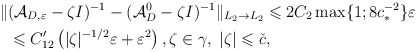
\begin{align*}\Vert &(\mathcal{A}_{D,\varepsilon}-\zeta I)^{-1}-(\mathcal{A}_D^0-\zeta I)^{-1}\Vert _{L_2\rightarrow L_2}\leqslant 2C_2\max \lbrace 1; 8c_*^{-2}\rbrace \varepsilon\\&\leqslant C_{12}' \left(\vert \zeta \vert ^{-1/2}\varepsilon +\varepsilon ^2\right), \zeta \in \gamma ,\; \vert \zeta \vert \leqslant \check{c},\end{align*}